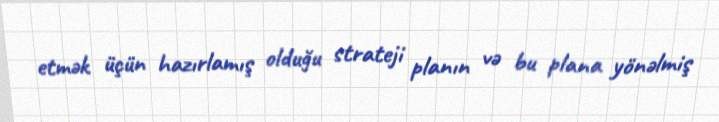
etmək üçün hazırlamış olduğu strateji planın və bu plana yönəlmiş